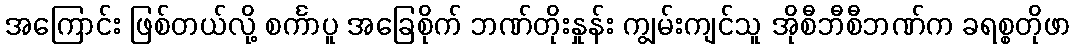
အကြောင်း ဖြစ်တယ်လို့ စင်္ကာပူ အခြေစိုက် ဘဏ်တိုးနှုန်း ကျွမ်းကျင်သူ အိုစီဘီစီဘဏ်က ခရစ္စတိုဖာ